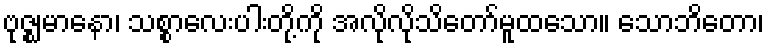
ဗုဇ္ဈမာနော၊ သစ္စာလေးပါးတို့ကို အလိုလိုသိတော်မူထသော။ သောဘိတော၊